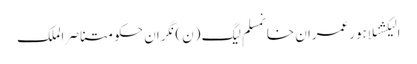
الیکشنلاہورعمران خانمسلم لیگ (ن)نگران حکومتناصر الملک